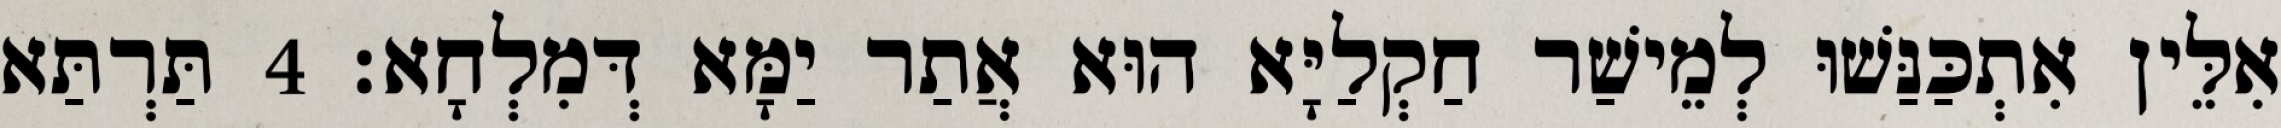
אִלֵּין אִתְכַּנַּשׁוּ לְמֵישַׁר חַקְלַיָּא הוּא אֲתַר יַמָּא דְּמִלְחָא׃ 4 תַּרְתַּא